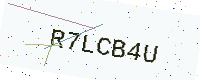
Text: R7LCB4U